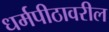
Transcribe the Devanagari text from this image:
धर्मपीठावरील